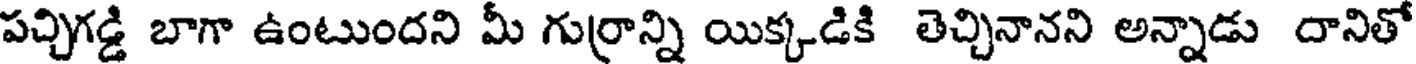
పచ్చిగడ్డి బాగా ఉంటుందని మీ గుర్రాన్ని యిక్కడికి తెచ్చినానని అన్నాడు దానితో